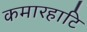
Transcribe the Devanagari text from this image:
कमारहाटि